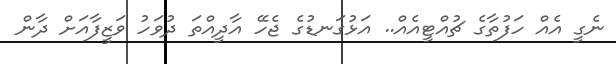
ނެގީ އެއް ހަފުތާގެ ޗުއްޓީއެއް.. އަޅުގަނޑުގެ ޖެހޭ އާދީއްތަ ދުވަހު ވަޒީފާއަށް ދާން